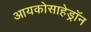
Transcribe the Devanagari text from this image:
आयकोसाहेड्रॉन